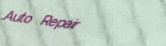
Auto Repair